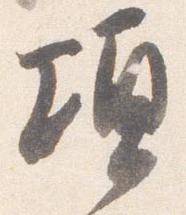
頃